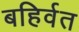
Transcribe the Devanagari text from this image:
बहिर्वत